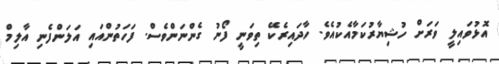
އޮޅުވައިލީ ވަރަށް ހުޝިޔާރުކަމާއެކުއެވެ. ހާދައިރެކޭ ތިވަނީ ފޯނު ގެންނަންވެސް. ފަހަތުންއައި އަލަންފެނި އާލިމް